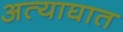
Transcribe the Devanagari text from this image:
अत्याघात